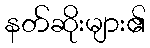
နတ်ဆိုးများ၏